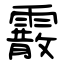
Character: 霰